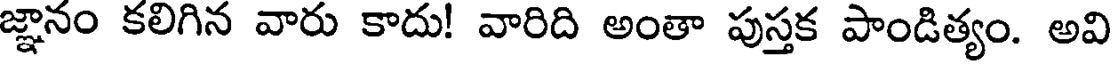
జ్ఞానం కలిగిన వారు కాదు! వారిది అంతా పుస్తక పాండిత్యం. అవి